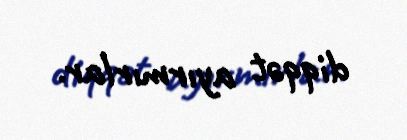
diqqət ayırmırlar.